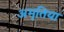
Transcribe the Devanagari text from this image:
अमृतिया